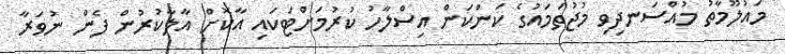
މައުލޫމާތު މުއްސަނދިވި މުޖުތަމައުގެ ކަންކަން އިސްލާހު ކުރުމަށްޓަކައި އާކޮށް އާލާކުރުން ފެން ނުވަރާ